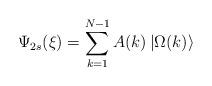
LaTeX: \begin{align*}\Psi _{2s}(\xi )=\sum_{k=1}^{N-1}A(k)\left| \Omega (k)\right\rangle\end{align*}